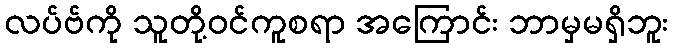
လပ်ဗ်ကို သူတို့ဝင်ကူစရာ အကြောင်း ဘာမှမရှိဘူး